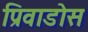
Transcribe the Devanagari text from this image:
प्रिवाडोस